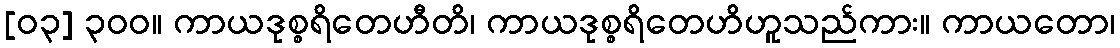
[၀၃] ၃၀၀။ ကာယဒုစ္စရိတေဟီတိ၊ ကာယဒုစ္စရိတေဟိဟူသည်ကား။ ကာယတော၊